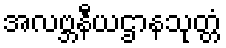
အလဗ္ဘနီယဌာနသုတ္တံ